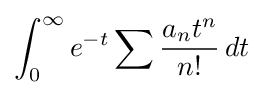
\int _{0}^{\infty }e^{-t}\sum {\frac {a_{n}t^{n}}{n!}}\,dt